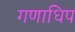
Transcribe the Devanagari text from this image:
गणाधिप